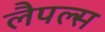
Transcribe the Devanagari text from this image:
लैपल्स